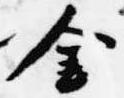
金